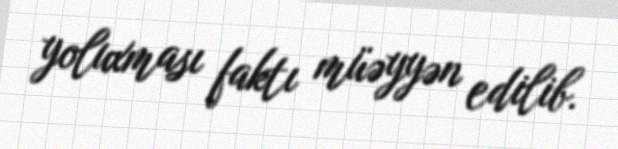
yoluxması faktı müəyyən edilib.